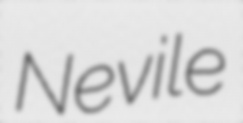
Nevile